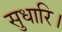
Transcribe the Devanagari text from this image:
सुधारि।